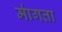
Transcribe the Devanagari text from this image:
मा॑गता